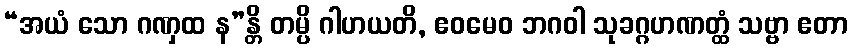
“အယံ သော ဂဏှထ န”န္တိ တမ္ပိ ဂါဟယတိ, ဧဝမေဝ ဘဂဝါ သုခဂ္ဂဟဏတ္ထံ သဗ္ဗာ ဧတာ